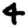
Digit: 4